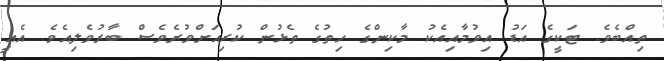
ތިއްބެވެ. ޓަކީގެ އަޑު އިވުމާއިއެކު މާކިންގެ ހިތުގެ ތެޅުން ކުރިއަށްވުރެވެސް ބާރުވެލިއެވެ. އެއީ